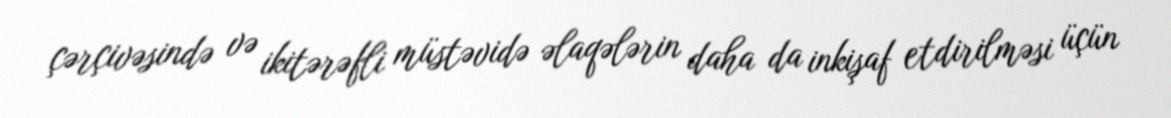
çərçivəsində və ikitərəfli müstəvidə əlaqələrin daha da inkişaf etdirilməsi üçün